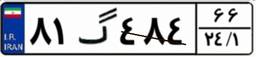
۷۰گ۰۱۱۹۹